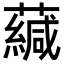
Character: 𧁺